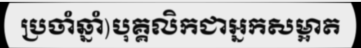
ប្រចាំឆ្នាំ)បុគ្គលិកជាអ្នកសម្អាត